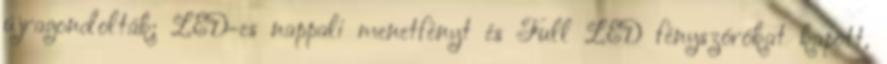
újragondolták; LED-es nappali menetfényt és Full LED fényszórókat kapott,